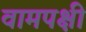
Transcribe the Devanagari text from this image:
वामपक्षी